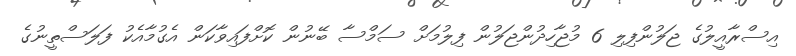
އިސްރާއީލުގެ ޖަލުންފިލި 6 މުޖާހިދުންޖަލުން ފިލުމަށް ސަމްސާ ބޭނުން ކޮށްފައިވާކަން އެގުމާއެކު ފަލަސްތީނުގެ